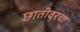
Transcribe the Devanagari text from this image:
छातीवरचा